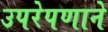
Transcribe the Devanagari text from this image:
उपरेपणाने